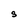
Character: S